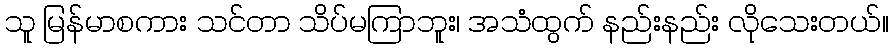
သူ မြန်မာစကား သင်တာ သိပ်မကြာဘူး၊ အသံထွက် နည်းနည်း လိုသေးတယ်။